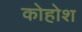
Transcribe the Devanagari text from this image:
कोहोश